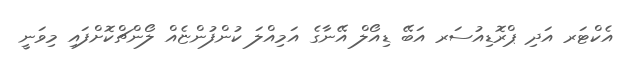
އެކްޓަރ އަދި ޕްރޮޑިއުސަރ އަބޭ ޑިއޯލް އޭނާގެ އަމިއްލަ ކުންފުންޏެއް ލޯންޗްކޮށްފައި މިވަނީ